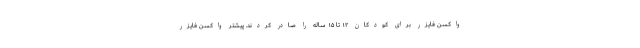
واکسن فایزر برای کودکان ۱۲ تا ۱۵ ساله را صادر کردند. پیشتر واکسن فایزر